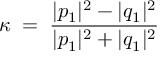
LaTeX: \kappa \; = \; \frac { | p _ { 1 } ^ { ~ } | ^ { 2 } - | q _ { 1 } ^ { ~ } | ^ { 2 } } { | p _ { 1 } ^ { ~ } | ^ { 2 } + | q _ { 1 } ^ { ~ } | ^ { 2 } } \;